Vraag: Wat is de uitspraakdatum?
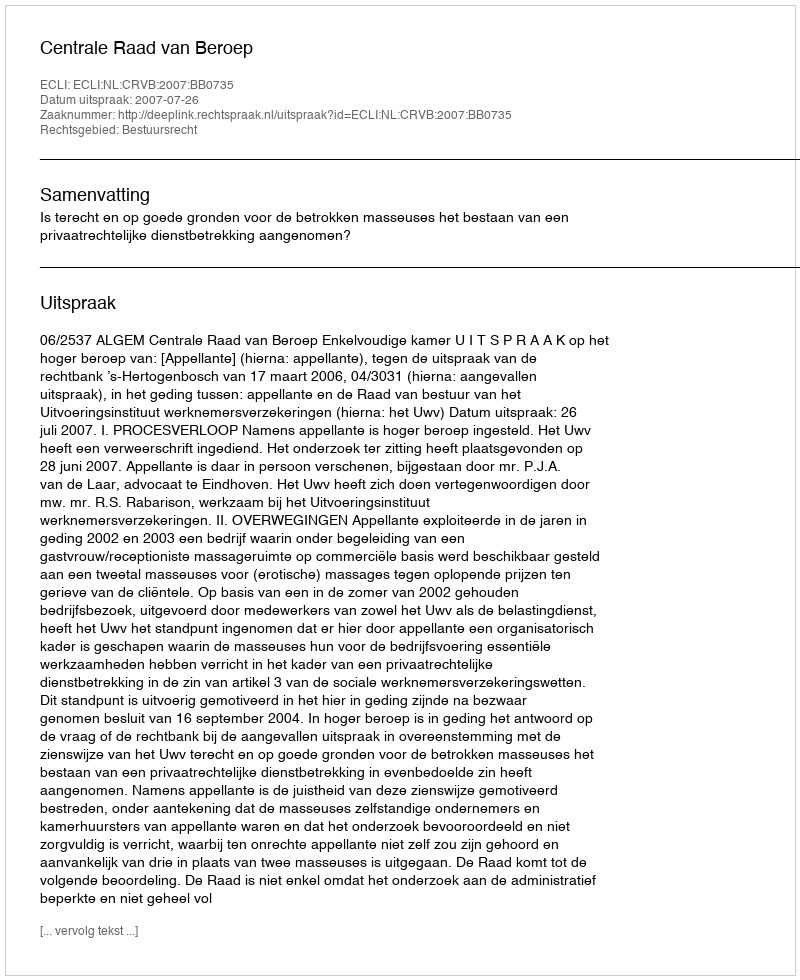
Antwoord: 2007-07-26